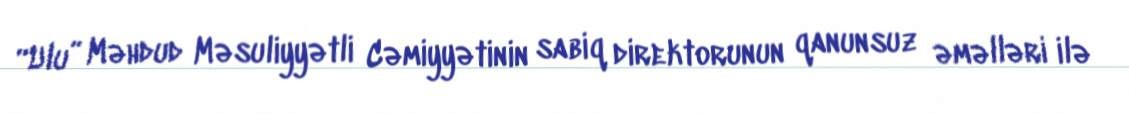
“Ulu” Məhdud Məsuliyyətli Cəmiyyətinin sabiq direktorunun qanunsuz əməlləri ilə